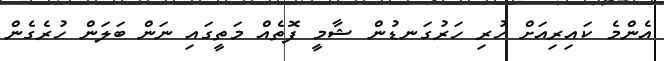
އެންމެ ކައިރިއަށް ހުރި ހަރުގަނޑުން ޝާމީ ފޮތެއް މަތީގައި ނަން ބަލަން ހުރެގެން